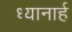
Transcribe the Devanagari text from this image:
ध्यानार्ह